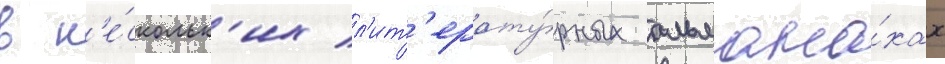
в н'е́скольк'их л'ит'ерату́рных альмана́хах